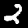
Label: 2